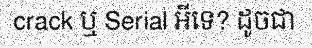
crack ឬ Serial អីទេ? ដូចជា